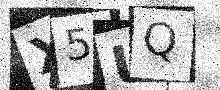
Text: X5UQ